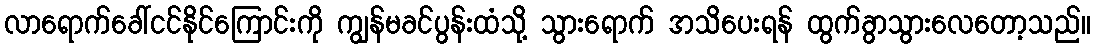
လာရောက်ခေါ်ငင်နိုင်ကြောင်းကို ကျွန်မခင်ပွန်းထံသို့ သွားရောက် အသိပေးရန် ထွက်ခွာသွားလေတော့သည်။